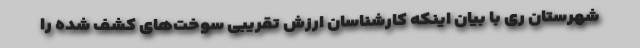
شهرستان ری با بیان اینکه کارشناسان ارزش تقریبی سوخت‌های کشف شده را